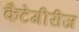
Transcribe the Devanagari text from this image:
कैटेगीरीज